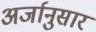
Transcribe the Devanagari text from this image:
अर्जानुसार